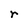
Character: r